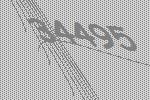
34495